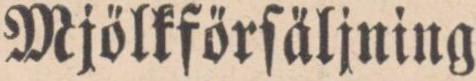
Mjölkförſäljning.